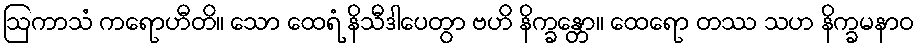
ဩကာသံ ကရောဟီတိ။ သော ထေရံ နိသီဒါပေတွာ ဗဟိ နိက္ခန္တော။ ထေရော တဿ သဟ နိက္ခမနာဝ